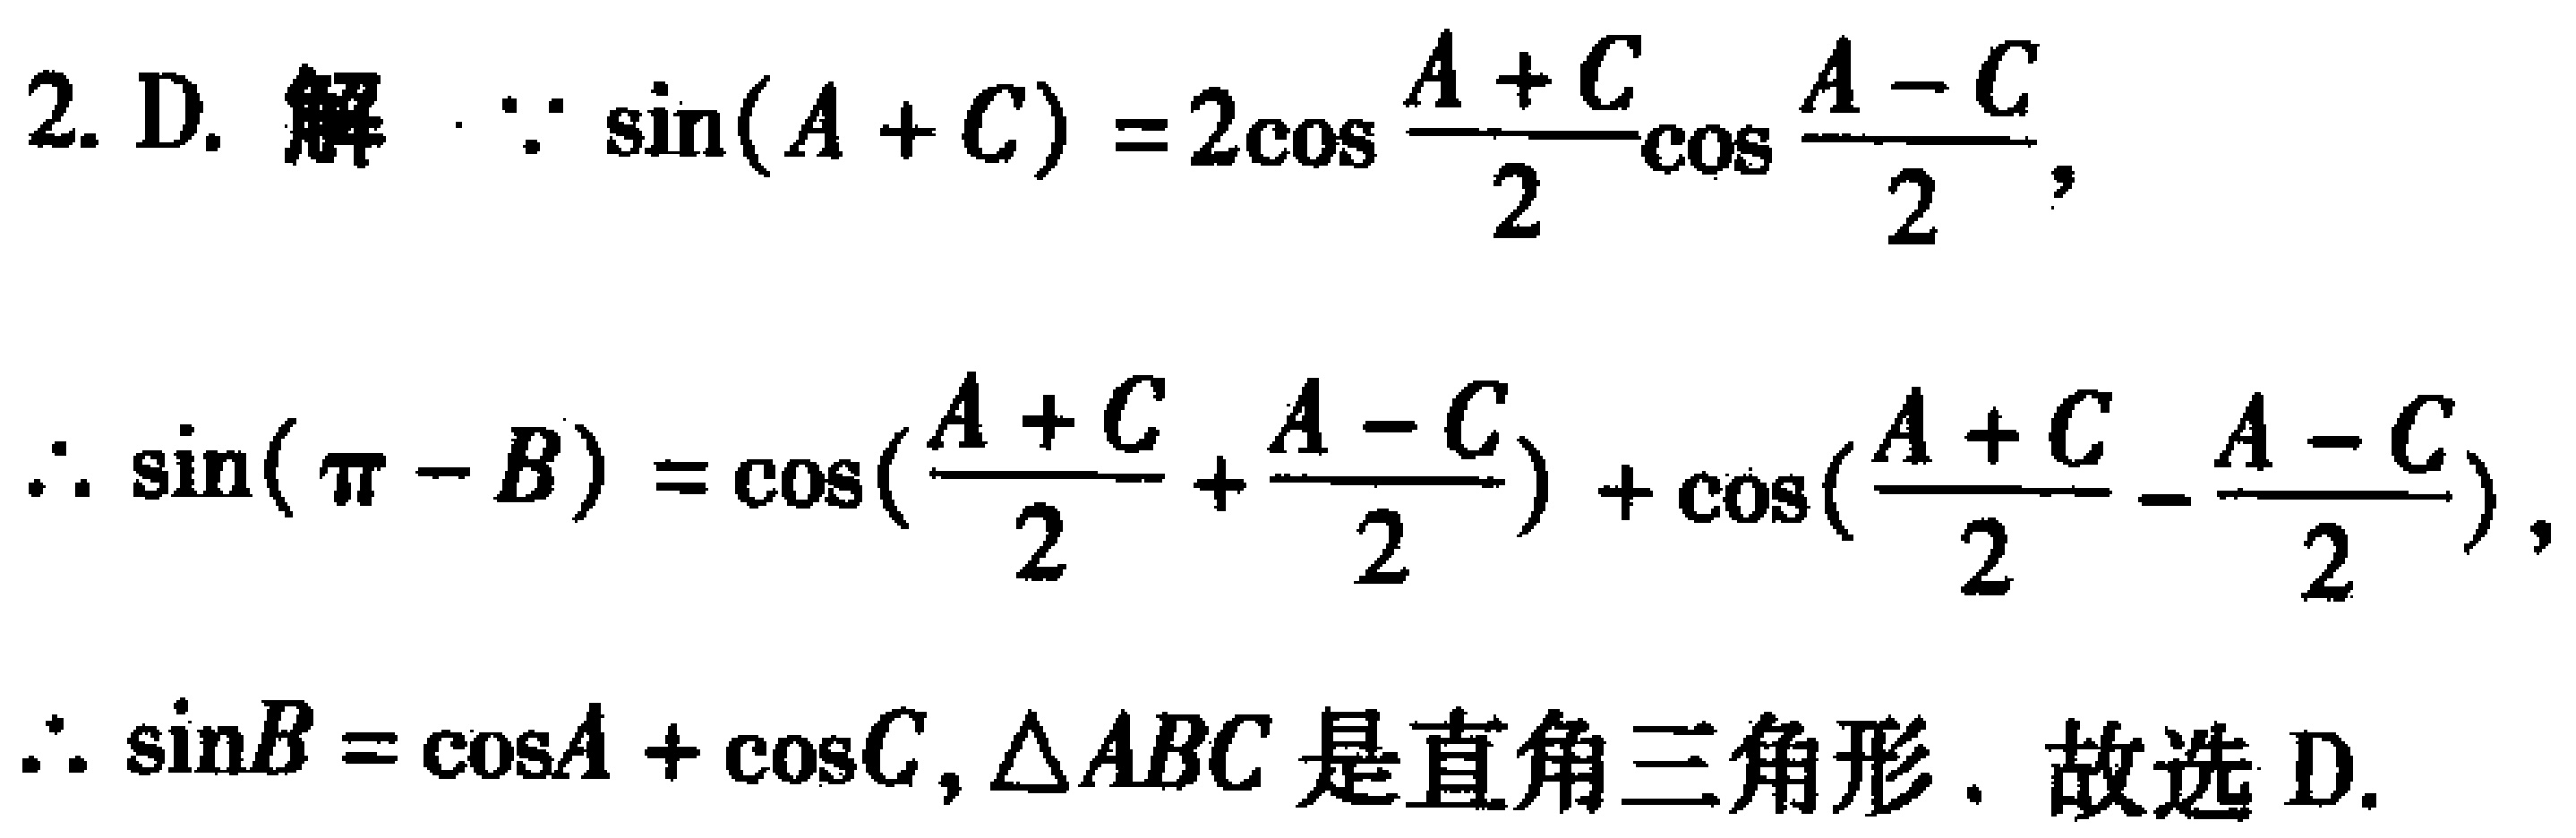
2. D. 解 $\because \sin(A + C)=2\cos\frac{A + C}{2}\cos\frac{A - C}{2},$
$\therefore \sin(\pi - B)=\cos(\frac{A + C}{2}+\frac{A - C}{2})+\cos(\frac{A + C}{2}-\frac{A - C}{2}),$
$\therefore \sin B=\cos A+\cos C,\triangle ABC$ 是直角三角形. 故选 D.